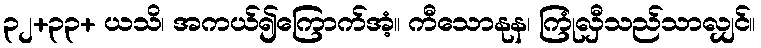
၃၂+၃၃+ ယသိ၊ အကယ်၍ကြောက်အံ့။ ကီသောနုန၊ ကြုံလှီသည်သာလျှင်။